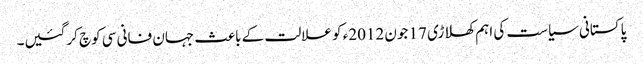
پاکستانی سیاست کی اہم کھلاڑی 17 جون 2012ء کو علالت کے باعث جہان فانی سی کوچ کرگئیں۔